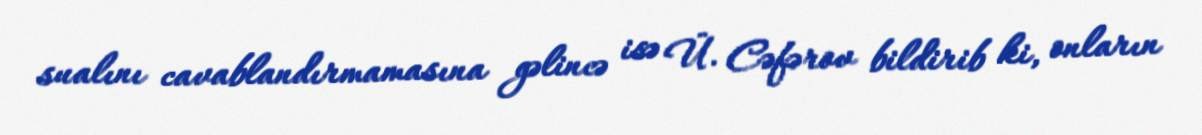
sualını cavablandırmamasına gəlincə isə Ü. Cəfərov bildirib ki, onların